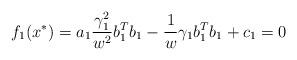
LaTeX: \begin{align*} f_{1}(x^{*})=a_{1}\frac{\gamma_{1}^{2}}{w^{2}}b^{T}_{1}b_{1}-\frac{1}{w}\gamma_{1}b_{1}^{T} b_{1}+c_{1}=0\end{align*}